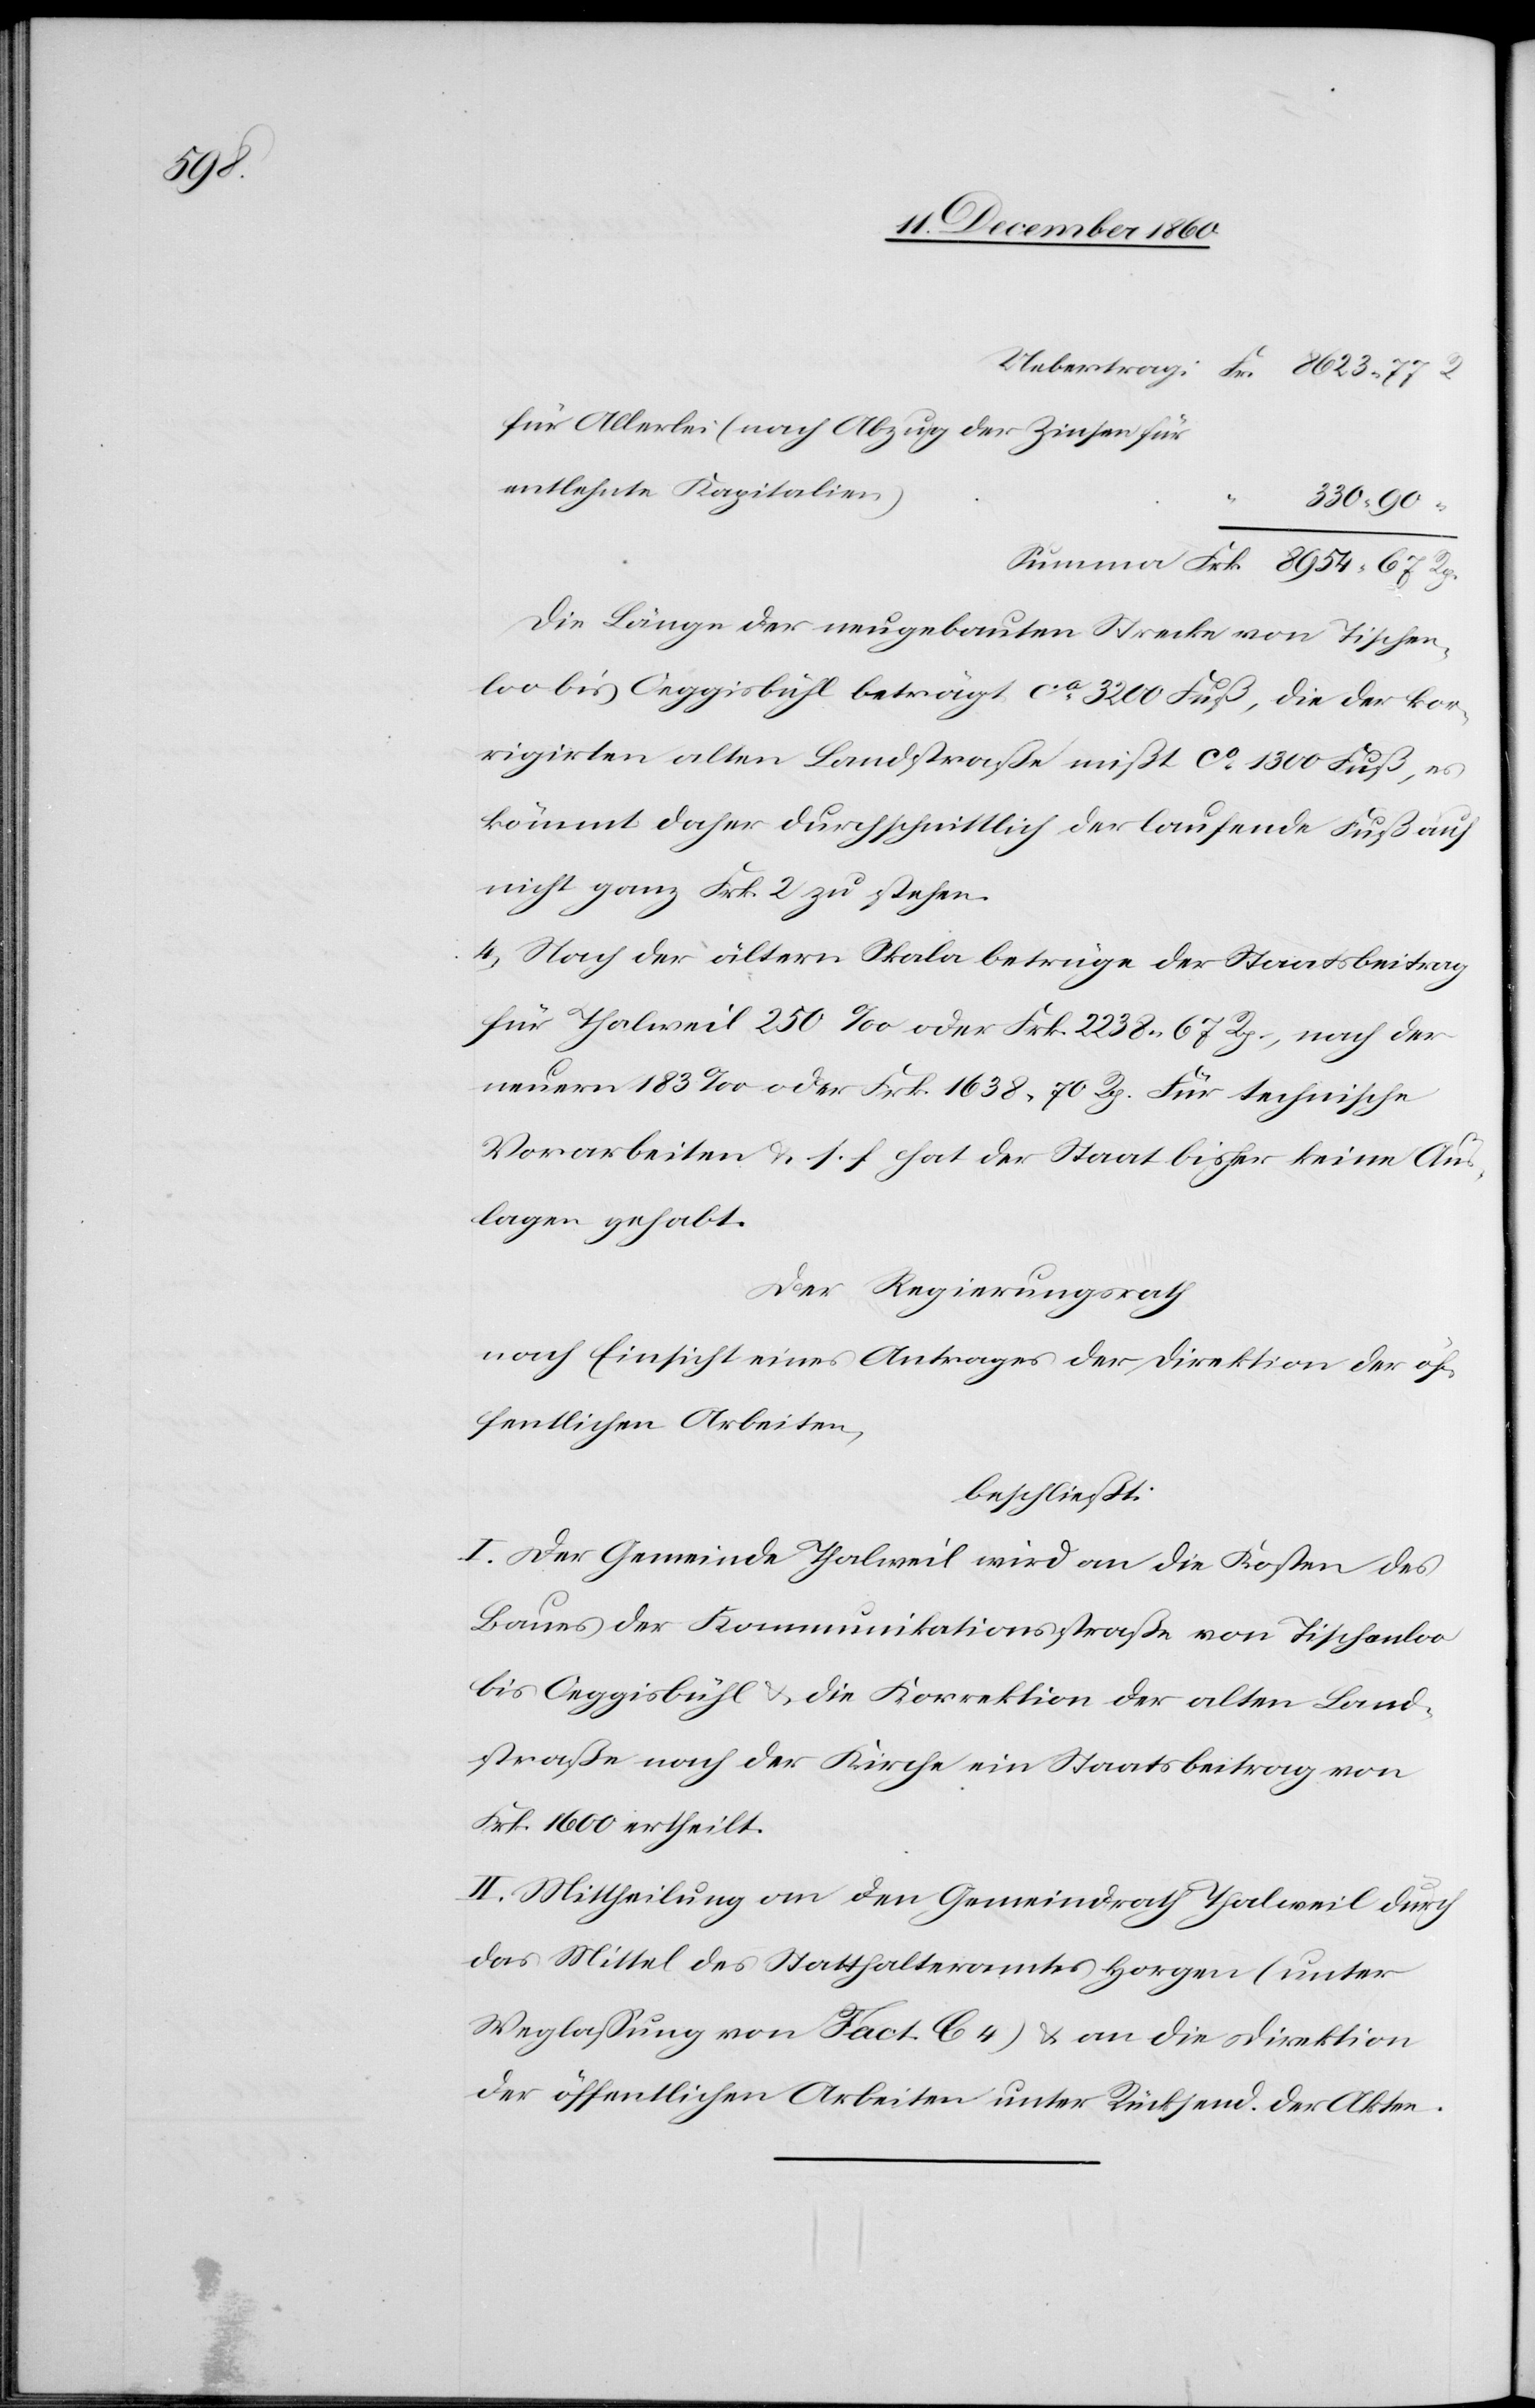
Rp.

für Allerlei (nach Abzug der Zinsen für
entlehnte Kapitalien)
“
Die Länge der neugebauten Strecke von Tischen¬
loo bis Oeggisbühl beträgt ca 3200 Fuß, die der kor¬
rigirten alten Landstraße mißt ca 1300 Fuß, es
kömmt daher durchschnittlich der laufende Fuß auf
nicht ganz Frk. 2 zu stehen.
4. Nach der ältern Skala betrüge der Staatsbeitrag
für Thalweil 250‰ oder Frk. 2238 67 Rp., nach der
neuern 183‰ oder Frk. 1638 70 Rp. Für technische
Vorarbeiten u. s. f. hat der Staat bisher keine Aus¬
lage gehabt.
Der Regierungsrath
nach Einsicht eines Antrages der Direktion der öf¬
fentlichen Arbeiten,
beschließt:
I. Der Gemeinde Thalweil wird an die Kosten des
Baues der Kommunikationsstraße von Tischenloo
bis Oeggisbühl u. die Korrektion der alten Land¬
straße nach der Kirche ein Staatsbeitrag von
Frk. 1600 ertheilt.
II. Mittheilung an den Gemeindrath Thalweil durch
das Mittel des Statthalteramtes Horgen (unter
Weglassung von Fact. C 4) u. an die Direktion
der öffentlichen Arbeiten unter Rücksend. der Akten.